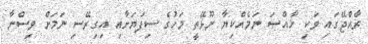
ރާއްޖޭގައި ވަކި ޚާއްޞަ ނަމެއްކިޔާ ނޫޅޭތީ މަހުގެ ސިފަޔަށާއި އިގިރޭސި ނަމަށް ވިސްނާ